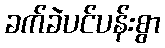
ခက်ခဲပင်ပန်းစွာ